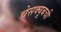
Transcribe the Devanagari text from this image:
चेसक्यूबची